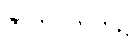
ဇာတိပကတိ၌